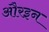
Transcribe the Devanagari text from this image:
औरइन